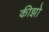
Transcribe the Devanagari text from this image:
कीझो